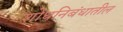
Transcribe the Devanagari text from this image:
शोधनिबंधातील